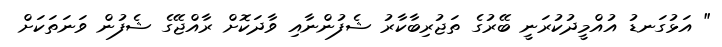
" އަޅުގަނޑު އުއްމީދުކުރަނީ ބޭރުގެ ތަޖުރިބާކާރު ޝެފުންނާއި ވާދަކޮށް ރާއްޖޭގެ ޝެފުން ވަނަތަކަށް